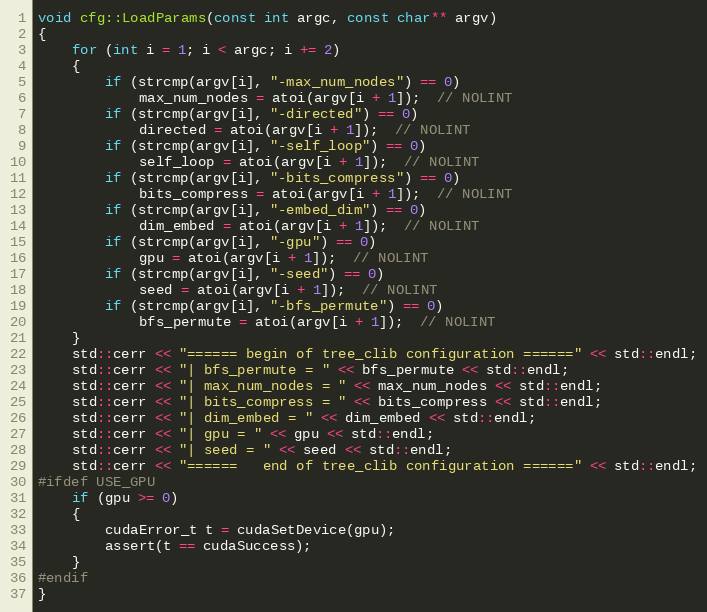
Language: C++
void cfg::LoadParams(const int argc, const char** argv)
{
    for (int i = 1; i < argc; i += 2)
    {
        if (strcmp(argv[i], "-max_num_nodes") == 0)
            max_num_nodes = atoi(argv[i + 1]);  // NOLINT
        if (strcmp(argv[i], "-directed") == 0)
            directed = atoi(argv[i + 1]);  // NOLINT
        if (strcmp(argv[i], "-self_loop") == 0)
            self_loop = atoi(argv[i + 1]);  // NOLINT
        if (strcmp(argv[i], "-bits_compress") == 0)
            bits_compress = atoi(argv[i + 1]);  // NOLINT
        if (strcmp(argv[i], "-embed_dim") == 0)
            dim_embed = atoi(argv[i + 1]);  // NOLINT
        if (strcmp(argv[i], "-gpu") == 0)
            gpu = atoi(argv[i + 1]);  // NOLINT
        if (strcmp(argv[i], "-seed") == 0)
            seed = atoi(argv[i + 1]);  // NOLINT
        if (strcmp(argv[i], "-bfs_permute") == 0)
            bfs_permute = atoi(argv[i + 1]);  // NOLINT
    }
    std::cerr << "====== begin of tree_clib configuration ======" << std::endl;
    std::cerr << "| bfs_permute = " << bfs_permute << std::endl;
    std::cerr << "| max_num_nodes = " << max_num_nodes << std::endl;
    std::cerr << "| bits_compress = " << bits_compress << std::endl;
    std::cerr << "| dim_embed = " << dim_embed << std::endl;
    std::cerr << "| gpu = " << gpu << std::endl;
    std::cerr << "| seed = " << seed << std::endl;
    std::cerr << "======   end of tree_clib configuration ======" << std::endl;
#ifdef USE_GPU
    if (gpu >= 0)
    {
        cudaError_t t = cudaSetDevice(gpu);
        assert(t == cudaSuccess);
    }
#endif
}